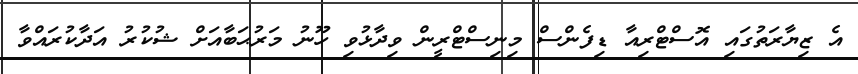
އެ ޒިޔާރަތުގައި އޮސްޓްރިއާ ޑިފެންސް މިނިސްޓްރީން ވިދާޅުވި ހޫނު މަރުޙަބާއަށް ޝުކުރު އަދާކުރައްވާ